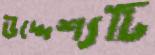
উদ্দেশ্যটি